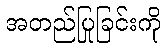
အတည်ပြုခြင်းကို